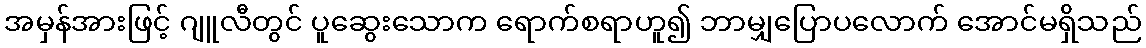
အမှန်အားဖြင့် ဂျူလီတွင် ပူဆွေးသောက ရောက်စရာဟူ၍ ဘာမျှပြောပလောက် အောင်မရှိသည်